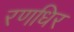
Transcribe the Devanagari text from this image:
रणधिर